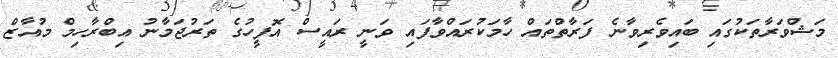
މަޝްވަރާތަކުގައި ބައިވެރިވާނެ ފަރާތްތައް ހާމަކުރައްވާފައި ވަނީ ރައީސް އޮފީހުގެ ތަރުޖަމާނު އިބްރާހިމް މުއާޒް